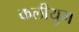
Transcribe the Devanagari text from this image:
कलीयुग